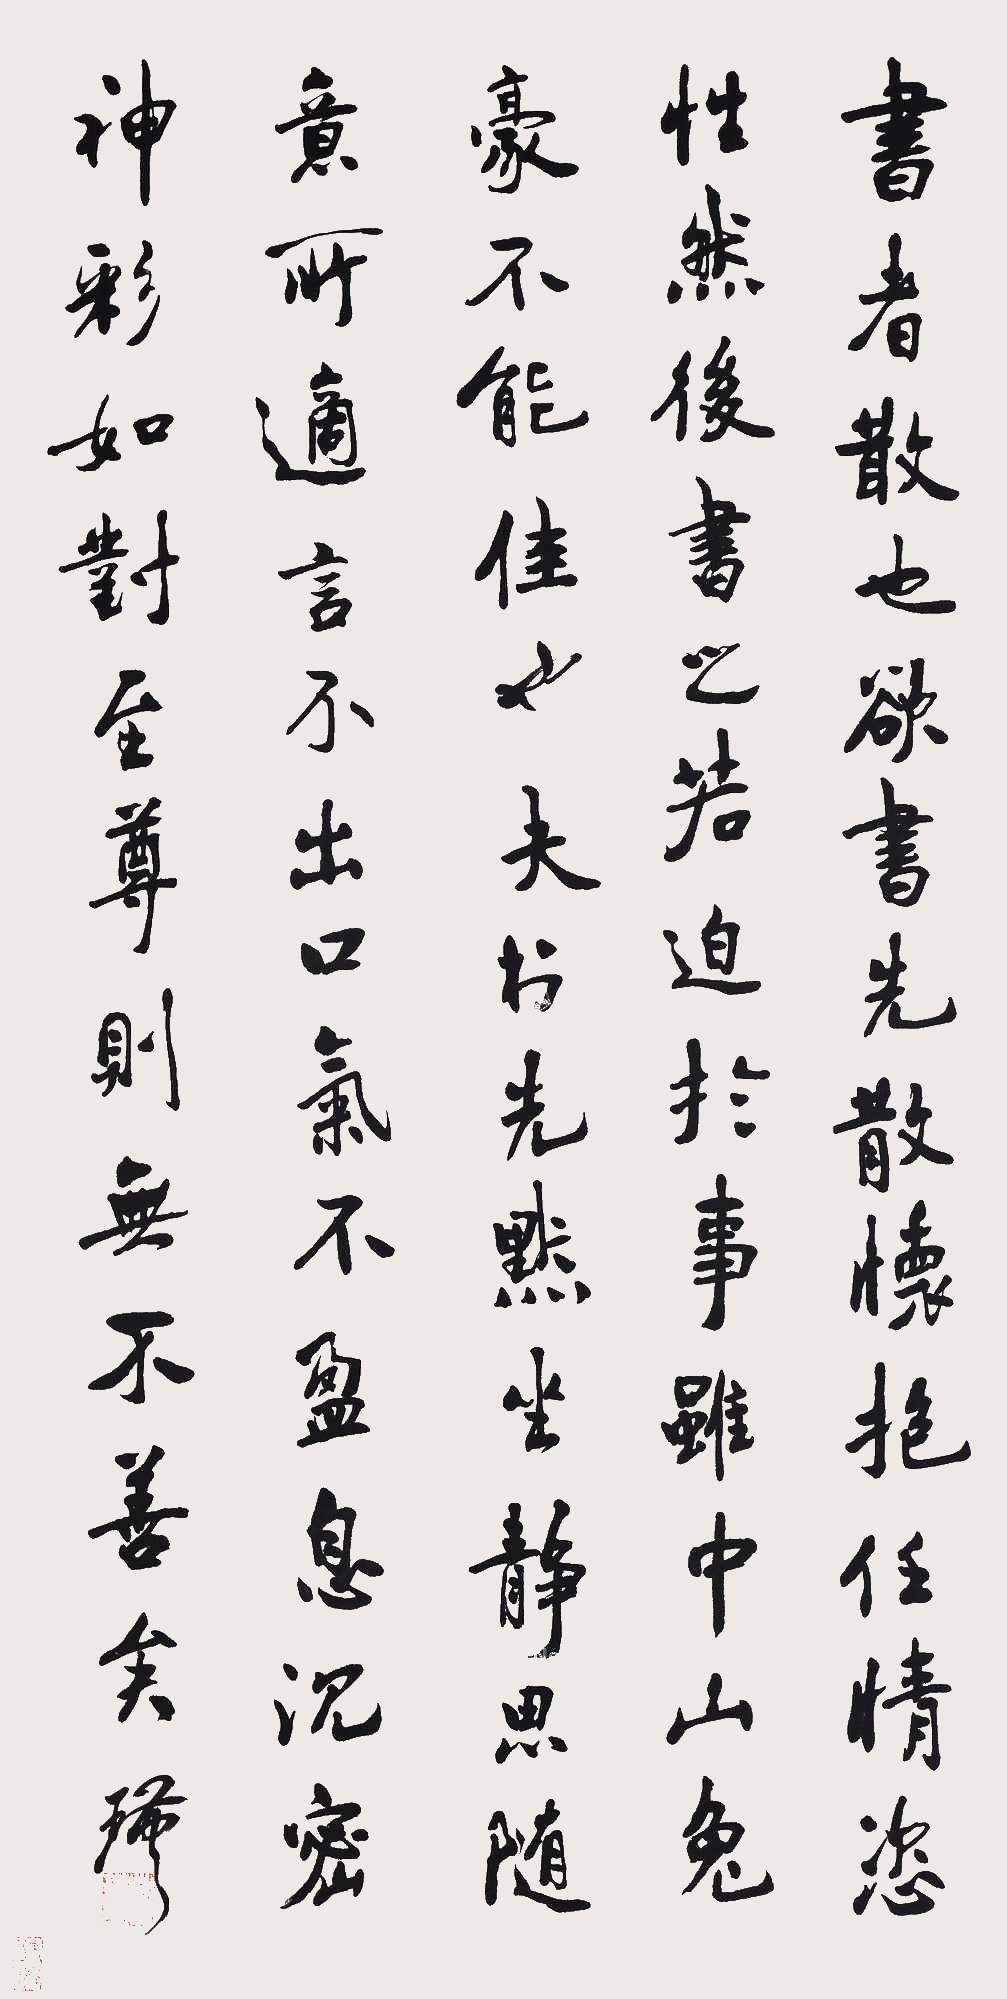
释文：书者，散也。欲书先散，怀抱任情恣性，然后书之。若迫于事，虽中山兔豪不能佳也。夫书先默坐静思，随意所适，言不出口，气不盈息，沉密神彩，如对至尊，则无不善矣。瑾。